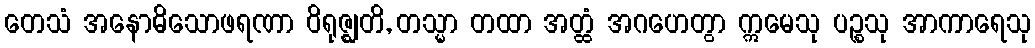
တေသံ အနောဓိသောဖရဏာ ဝိရုဇ္ဈတိ, တသ္မာ တထာ အတ္ထံ အဂဟေတွာ ဣမေသု ပဉ္စသု အာကာရေသု